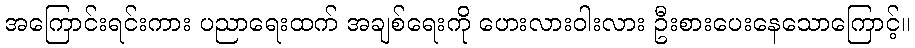
အကြောင်းရင်းကား ပညာရေးထက် အချစ်ရေးကို ဟေးလားဝါးလား ဦးစားပေးနေသောကြောင့်။